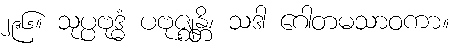
၂၉၆။ သုပ္ပဗုဒ္ဓံ ပဗုဇ္ဈန္တိ၊ သဒါ ဂေါတမသာဝကာ။